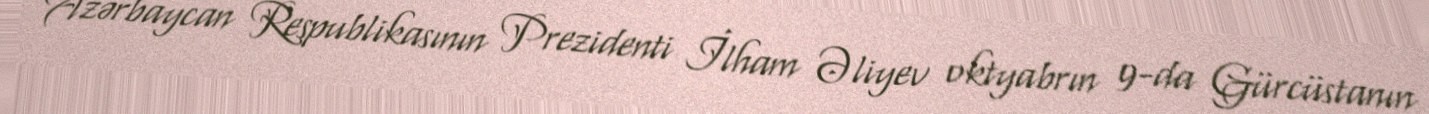
Azərbaycan Respublikasının Prezidenti İlham Əliyev oktyabrın 9-da Gürcüstanın